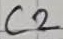
Text: C2